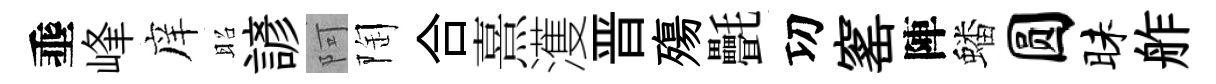
埀峰庠昭諺阿陶合熹濩晋殤㲲㓛窰陣蟠圆昧舴